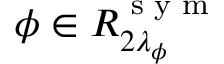
\phi \in R _ { 2 \lambda _ { \phi } } ^ { \textrm { s y m } }